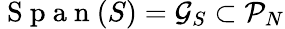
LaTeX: \mathrm{~S~p~a~n~}(S)=\mathcal G_{S}\subset\mathcal P_{N}